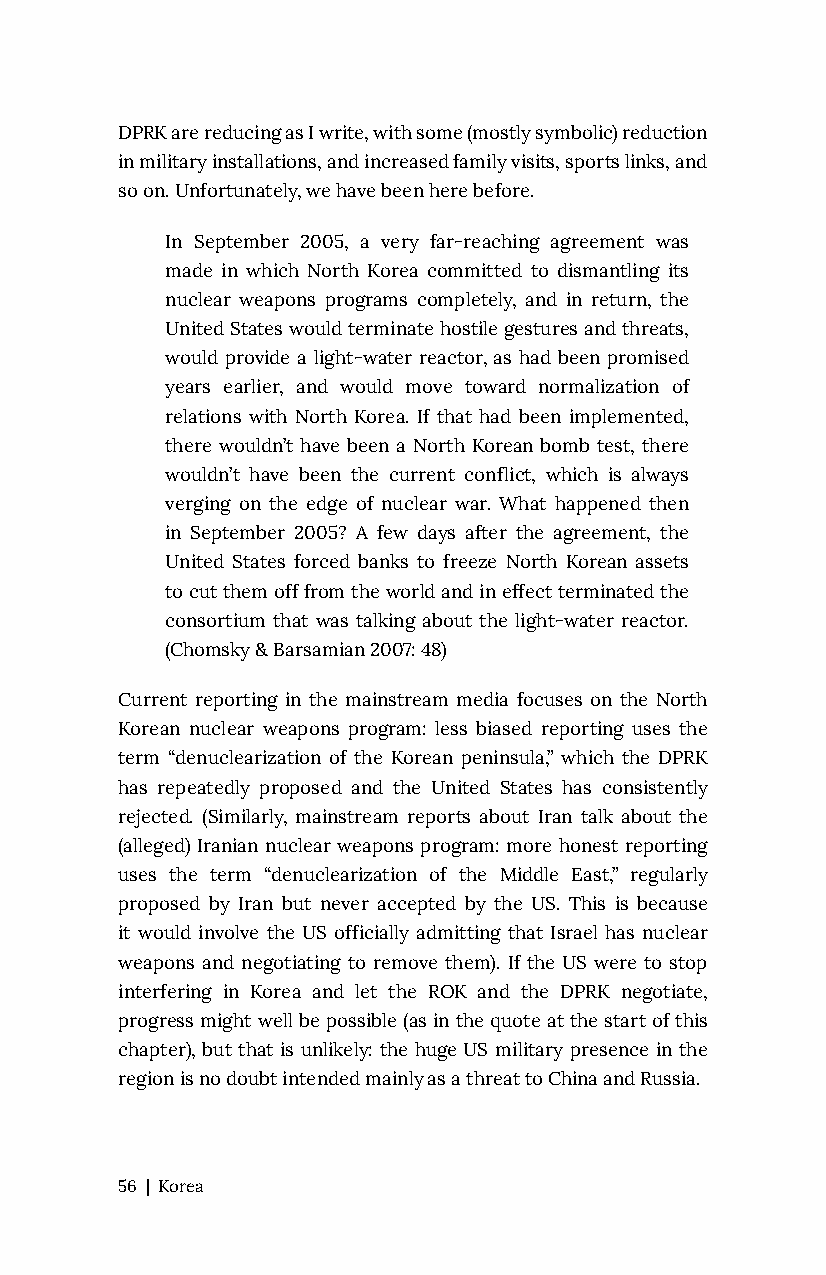
DPRK are reducing as I write, with some (mostly symbolic) reduction
 in military installations, and increased family visits, sports links, and
 so on. Unfortunately, we have been here before.
 In September 2005, a very far-reaching agreement was
 made in which North Korea committed to dismantling its
 nuclear weapons programs completely, and in return, the
 United States would terminate hostile gestures and threats,
 would provide a light-water reactor, as had been promised
 years earlier, and would move toward normalization of
 relations with North Korea. If that had been implemented,
 there wouldn’t have been a North Korean bomb test, there
 wouldn’t have been the current conflict, which is always
 verging on the edge of nuclear war. What happened then
 in September 2005? A few days after the agreement, the
 United States forced banks to freeze North Korean assets
 to cut them off from the world and in effect terminated the
 consortium that was talking about the light-water reactor.
 (Chomsky & Barsamian 2007: 48)
 Current reporting in the mainstream media focuses on the North
 Korean nuclear weapons program: less biased reporting uses the
 term “denuclearization of the Korean peninsula,” which the DPRK
 has repeatedly proposed and the United States has consistently
 rejected. (Similarly, mainstream reports about Iran talk about the
 (alleged) Iranian nuclear weapons program: more honest reporting
 uses the term “denuclearization of the Middle East,” regularly
 proposed by Iran but never accepted by the US. This is because
 it would involve the US officially admitting that Israel has nuclear
 weapons and negotiating to remove them). If the US were to stop
 interfering in Korea and let the ROK and the DPRK negotiate,
 progress might well be possible (as in the quote at the start of this
 chapter), but that is unlikely: the huge US military presence in the
 region is no doubt intended mainly as a threat to China and Russia.
 56 | Korea